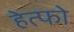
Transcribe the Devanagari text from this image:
हेत्फो